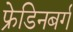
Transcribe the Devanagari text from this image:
फ्रेडिनबर्ग